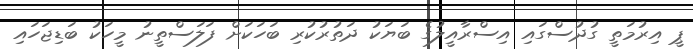
ޕީ އިރުމަތީ ގުދުސްގައި އިސްރާއީލުގެ ބަޔަކު ދަތުރުކުރި ބަހަކަށް ފަލަސްތީނު މީހަކު ބަޑިޖަހައި